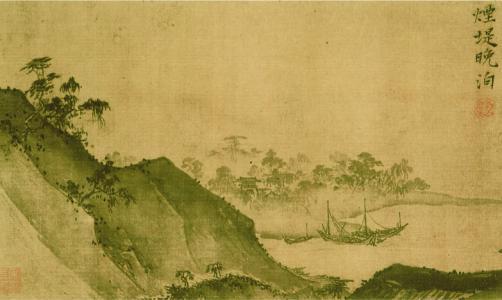
弹泪别东风，把酒浇飞絮化了浮萍也是愁，莫向天涯去！